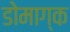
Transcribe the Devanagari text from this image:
डोमाग्क